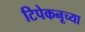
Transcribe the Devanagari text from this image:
टिपेकनूच्या